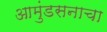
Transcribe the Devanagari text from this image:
आमुंडसनाचा